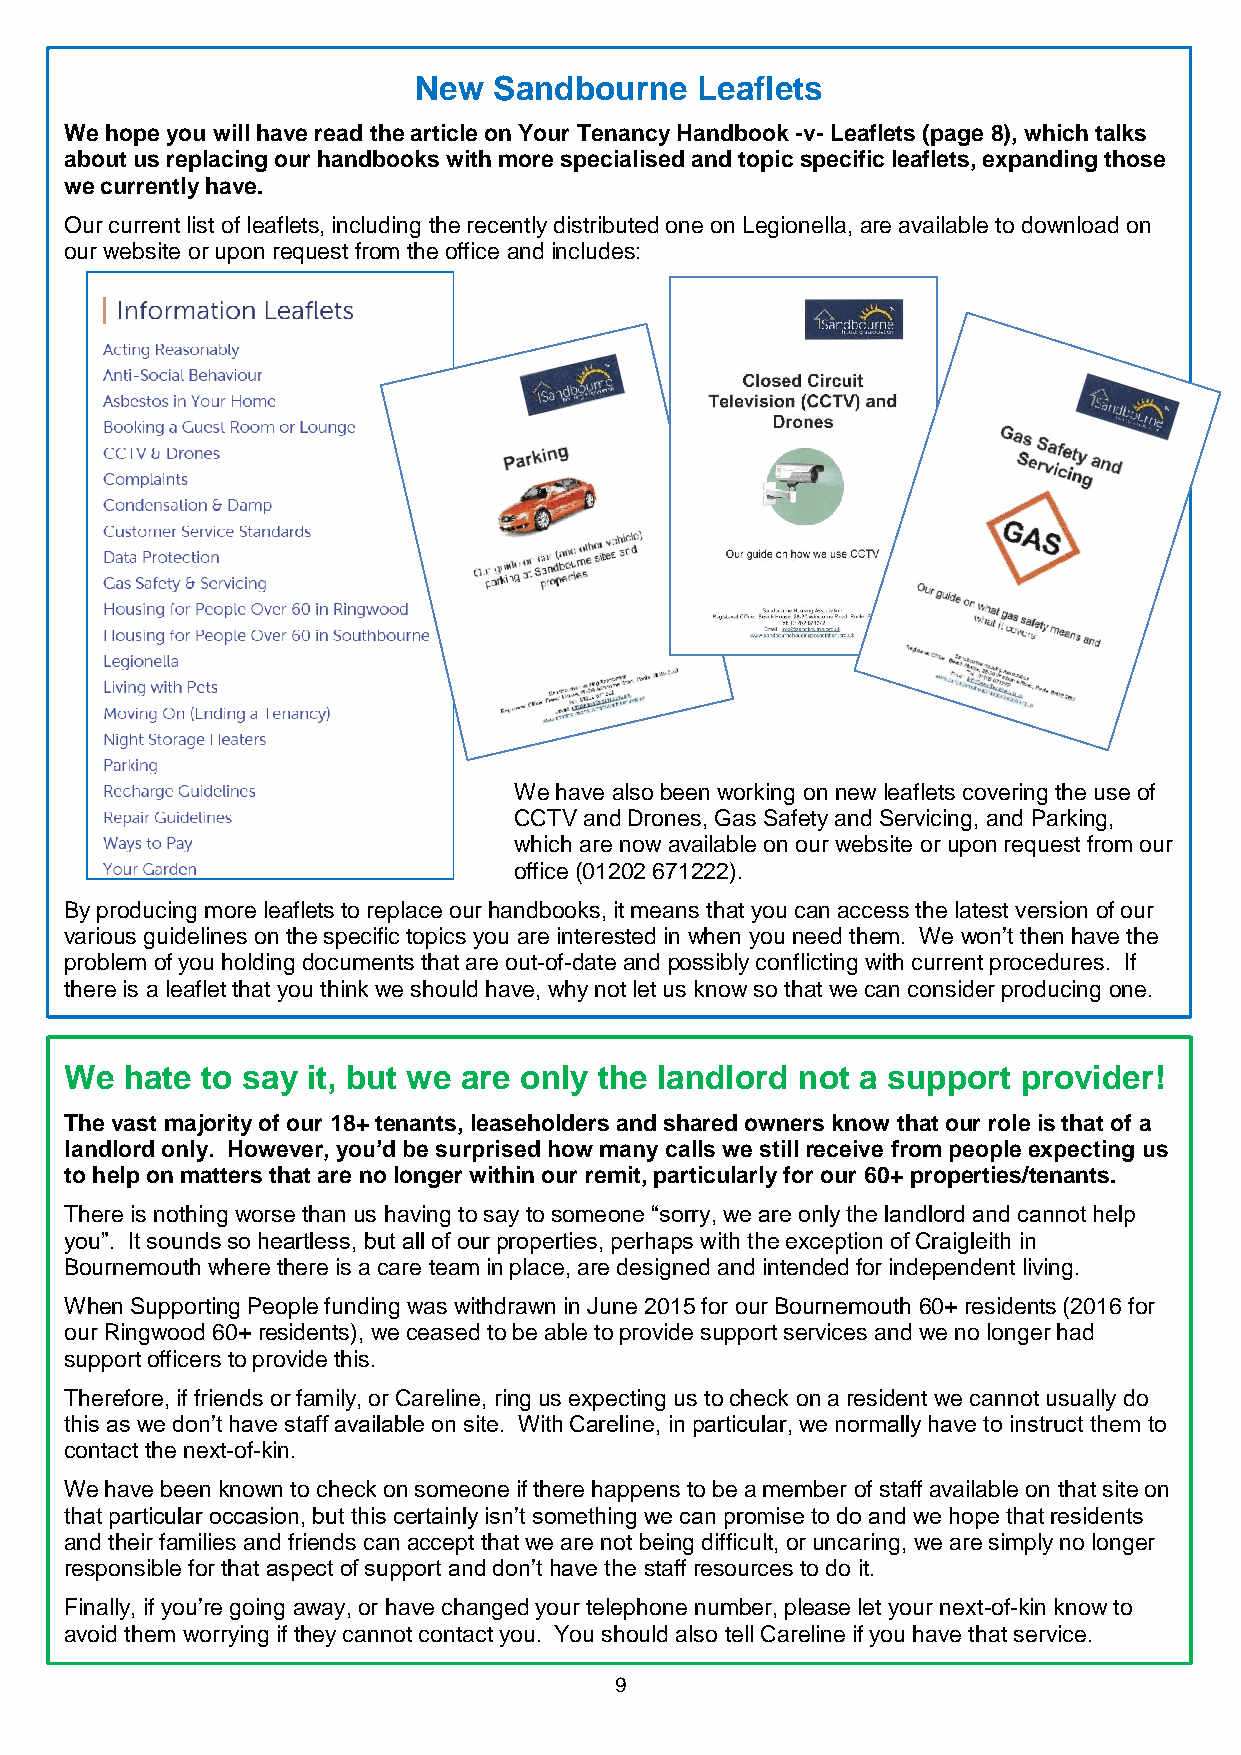
New   Sandbourne   Leaflets
 We hope you will have read the article on Your Tenancy Handbook -v- Leaflets (page 8), which talks
 about us replacing our handbooks with more specialised and topic specific leaflets, expanding those
 we currently have.
 Our current list of leaflets, including the recently distributed one on Legionella, are available to download on
 our website or upon request from the office and includes:
 We have also been working on new leaflets covering the use of
 CCTV and Drones, Gas Safety and Servicing, and Parking,
 which are now available on our website or upon request from our
 office (01202 671222).
 By producing more leaflets to replace our handbooks, it means that you can access the latest version of our
 various guidelines on the specific topics you are interested in when you need them. We won’t then have the
 problem of you holding documents that are out-of-date and possibly conflicting with current procedures. If
 there is a leaflet that you think we should have, why not let us know so that we can consider producing one.
 We  hate to say it, but we are only the landlord not a support  provider!
 The vast majority of our 18+ tenants, leaseholders and shared owners know that our role is that of a
 landlord only. However, you’d be surprised how many calls we still receive from people expecting us
 to help on matters that are no longer within our remit, particularly for our 60+ properties/tenants.
 There is nothing worse than us having to say to someone “sorry, we are only the landlord and cannot help
 you”. It sounds so heartless, but all of our properties, perhaps with the exception of Craigleith in
 Bournemouth where there is a care team in place, are designed and intended for independent living.
 When Supporting People funding was withdrawn in June 2015 for our Bournemouth 60+ residents (2016 for
 our Ringwood 60+ residents), we ceased to be able to provide support services and we no longer had
 support officers to provide this.
 Therefore, if friends or family, or Careline, ring us expecting us to check on a resident we cannot usually do
 this as we don’t have staff available on site. With Careline, in particular, we normally have to instruct them to
 contact the next-of-kin.
 We have been known to check on someone if there happens to be a member of staff available on that site on
 that particular occasion, but this certainly isn’t something we can promise to do and we hope that residents
 and their families and friends can accept that we are not being difficult, or uncaring, we are simply no longer
 responsible for that aspect of support and don’t have the staff resources to do it.
 Finally, if you’re going away, or have changed your telephone number, please let your next-of-kin know to
 avoid them worrying if they cannot contact you. You should also tell Careline if you have that service.
 Although we don’t need to know when you go away, we do need to know if you change your telephone
 9
 number (form on page ??).